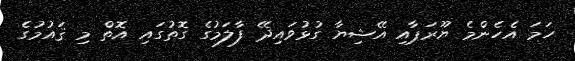
ހަމަ އެހެންމެ ޔޫރަޕާއި އޭޝިޔާ ގުޅުވައިދޭ ފާލަމުގެ ގޮތުގައި އޮތް މި ޤައުމުގެ